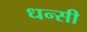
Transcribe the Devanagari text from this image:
धन्सी